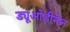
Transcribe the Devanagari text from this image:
ड्यूओडीनेल